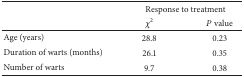
<table><thead><tr><td rowspan="2"></td><td colspan="2"><b>Response to treatment</b></td></tr><tr><td><b><i>χ</i><sup>2</sup></b></td><td><b><i>P</i> value</b></td></tr></thead><tbody><tr><td>Age (years)</td><td>28.8</td><td>0.23</td></tr><tr><td>Duration of warts (months)</td><td>26.1</td><td>0.35</td></tr><tr><td>Number of warts</td><td>9.7</td><td>0.38</td></tr></tbody></table>